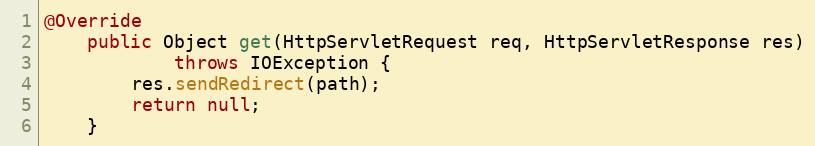
Language: Java
@Override
    public Object get(HttpServletRequest req, HttpServletResponse res)
            throws IOException {
        res.sendRedirect(path);
        return null;
    }